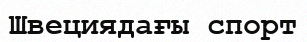
Швециядағы спорт